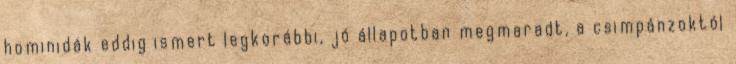
hominidák eddig ismert legkorábbi, jó állapotban megmaradt, a csimpánzoktól